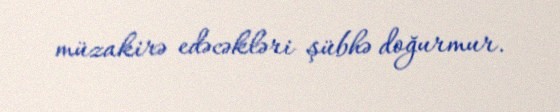
müzakirə edəcəkləri şübhə doğurmur.